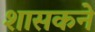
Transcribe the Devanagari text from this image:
शासकने